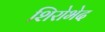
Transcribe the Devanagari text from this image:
शिरोभेद